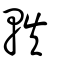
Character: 軼